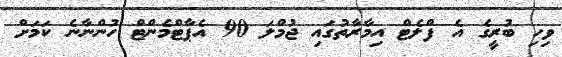
ވިހި ބުރީގެ އެ ފްލެޓް އިމާރާތުގައި ޖުމްލަ 90 އެޕާޓްމެންޓް ހުންނާނެ ކަމަށް